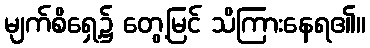
မျက်စိရှေ့၌ တွေ့မြင် သိကြားနေရ၏။